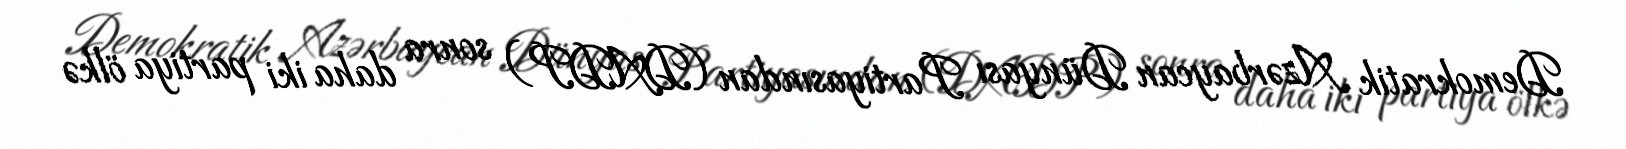
Demokratik Azərbaycan Dünyası Partiyasından (DADP) sonra daha iki partiya ölkə